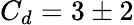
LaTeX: C_{d}=3\pm 2